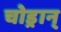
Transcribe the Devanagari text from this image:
चोड्रान्‌